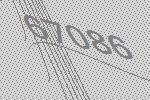
67086